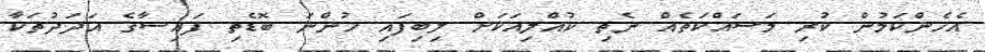
އެހެންކަމުން ކުރި މަސައްކަތެއް ނެތި ކުއްލިއަކަށް ލިބިފައި ހުންނަ ބޮޑެތި ފައިސާގެ އަދަދުތަކާ